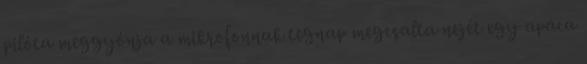
pilóta meggyónja a mikrofonnak tegnap megcsalta nejét egy apáca